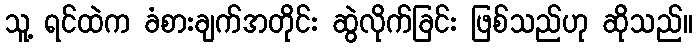
သူ့ ရင်ထဲက ခံစားချက်အတိုင်း ဆွဲလိုက်ခြင်း ဖြစ်သည်ဟု ဆိုသည်။